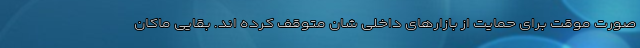
صورت موقت برای حمایت از بازارهای داخلی شان متوقف کرده اند. بقایی ماکان